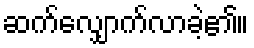
ဆက်လျှောက်လာခဲ့၏။